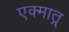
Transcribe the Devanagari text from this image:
एक्मात्र्